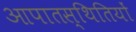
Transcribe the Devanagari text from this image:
आपातस्थितियों